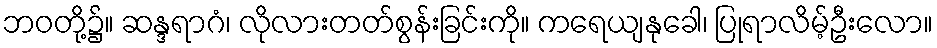
ဘဝတို့၌။ ဆန္ဒရာဂံ၊ လိုလားတတ်စွန်းခြင်းကို။ ကရေယျနုခေါ၊ ပြုရာလိမ့်ဦးလော။